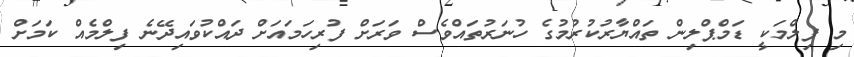
މި ފިލްމަކީ ޑަމްޕްލިން ތައްޔާރުކުރުމުގެ ހުނަރުތައްވެސް ވަރަށް ފުރިހަމައަށް ދައްކުވައިދޭނެ ފިލްމެއް ކަމަށް